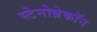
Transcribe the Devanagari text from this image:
स्टेनोब्रेकॉन